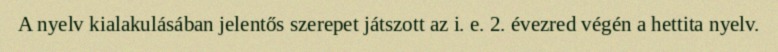
A nyelv kialakulásában jelentős szerepet játszott az i. e. 2. évezred végén a hettita nyelv.